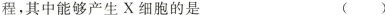
程，其中能够产生X细胞的是 ( )